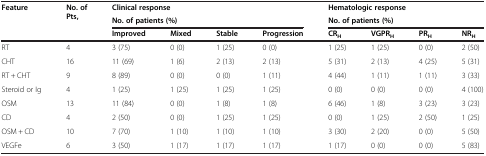
<table><thead><tr><td rowspan="3"><b>Feature</b></td><td rowspan="3"><b>No. of Pts,</b></td><td colspan="4"><b>Clinical response</b></td><td colspan="4"><b>Hematologic response</b></td></tr><tr><td colspan="4"><b>No. of patients (%)</b></td><td colspan="4"><b>No. of patients (%)</b></td></tr><tr><td><b>Improved</b></td><td><b>Mixed</b></td><td><b>Stable</b></td><td><b>Progression</b></td><td><b>CR<sub>H</sub></b></td><td><b>VGPR<sub>H</sub></b></td><td><b>PR<sub>H</sub></b></td><td><b>NR<sub>H</sub></b></td></tr></thead><tbody><tr><td>RT</td><td>4</td><td>3 (75)</td><td>0 (0)</td><td>1 (25)</td><td>0 (0)</td><td>1 (25)</td><td>1 (25)</td><td>0 (0)</td><td>2 (50)</td></tr><tr><td>CHT</td><td>16</td><td>11 (69)</td><td>1 (6)</td><td>2 (13)</td><td>2 (13)</td><td>5 (31)</td><td>2 (13)</td><td>4 (25)</td><td>5 (31)</td></tr><tr><td>RT + CHT</td><td>9</td><td>8 (89)</td><td>0 (0)</td><td>0 (0)</td><td>1 (11)</td><td>4 (44)</td><td>1 (11)</td><td>1 (11)</td><td>3 (33)</td></tr><tr><td>Steroid or Ig</td><td>4</td><td>1 (25)</td><td>1 (25)</td><td>1 (25)</td><td>1 (25)</td><td>0 (0)</td><td>0 (0)</td><td>0 (0)</td><td>4 (100)</td></tr><tr><td>OSM</td><td>13</td><td>11 (84)</td><td>0 (0)</td><td>1 (8)</td><td>1 (8)</td><td>6 (46)</td><td>1 (8)</td><td>3 (23)</td><td>3 (23)</td></tr><tr><td>CD</td><td>4</td><td>2 (50)</td><td>0 (0)</td><td>1 (25)</td><td>1 (25)</td><td>0 (0)</td><td>1 (25)</td><td>2 (50)</td><td>1 (25)</td></tr><tr><td>OSM + CD</td><td>10</td><td>7 (70)</td><td>1 (10)</td><td>1 (10)</td><td>1 (10)</td><td>3 (30)</td><td>2 (20)</td><td>0 (0)</td><td>5 (50)</td></tr><tr><td>VEGFe</td><td>6</td><td>3 (50)</td><td>1 (17)</td><td>1 (17)</td><td>1 (17)</td><td>1 (17)</td><td>0 (0)</td><td>0 (0)</td><td>5 (83)</td></tr></tbody></table>